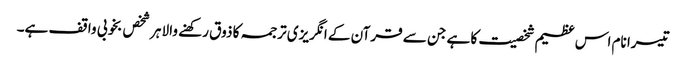
تیسرا نام اس عظیم شخصیت کا ہے جن سے قرآن کے انگریزی ترجمہ کا ذوق رکھنے والا ہر شخص بخوبی واقف ہے۔